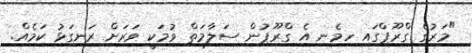
"މަރުގެ ގްރޫޕްގައި ހިމެނި އެ ގްރޫޕުން ސަލާމަތް ވުމަކީ ވަރަށް ރަނގަޅު ކަމެއް.